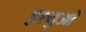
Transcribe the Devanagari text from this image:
इश्युओं